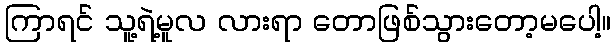
ကြာရင် သူ့ရဲ့မူလ လားရာ တောဖြစ်သွားတော့မပေါ့။